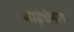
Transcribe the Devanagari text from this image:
माइग्रेनल